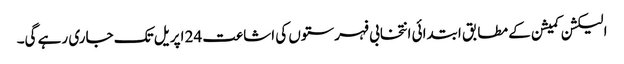
الیکشن کمیشن کے مطابق ابتدائی انتخابی فہرستوں کی اشاعت 24 اپریل تک جاری رہے گی۔